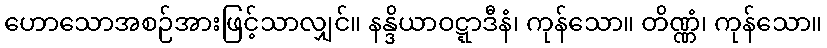
ဟောသောအစဉ်အားဖြင့်သာလျှင်။ နန္ဒိယာဝဋ္ဋာဒီနံ၊ ကုန်သော။ တိဏ္ဏံ၊ ကုန်သော။